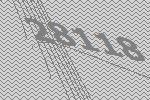
28118